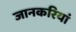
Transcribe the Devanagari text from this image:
जानकरियां